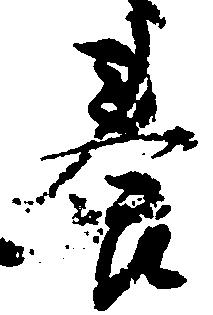
養